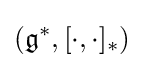
({\mathfrak {g}}^{*},[\cdot ,\cdot ]_{*})